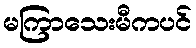
မကြာသေးမီကပင်